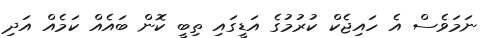
ނަމަވެސް އެ ހައިޖެކް ކުރުމުގެ އަޑީގައި ތިބީ ކޮން ބައެއް ކަމެއް އަދި